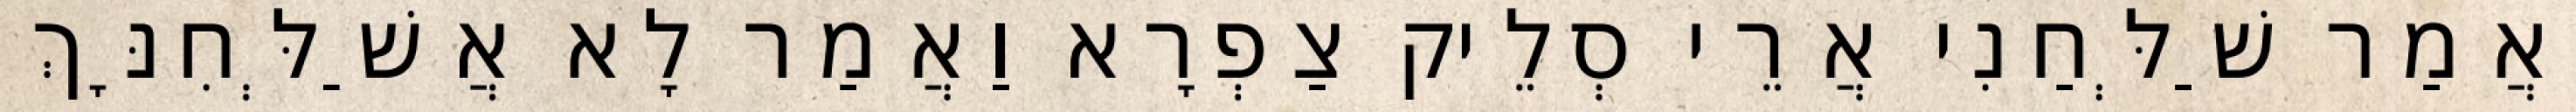
וַאֲמַר שַׁלְּחַנִי אֲרֵי סְלֵיק צַפְרָא וַאֲמַר לָא אֲשַׁלְּחִנָּךְ